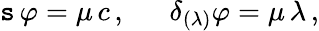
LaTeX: \mathtt{s}\, \varphi=\mu\, c\, ,~~~~~~\delta_{(\lambda)}\varphi=\mu\, \lambda\, ,